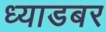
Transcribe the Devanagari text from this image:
ध्याडबर